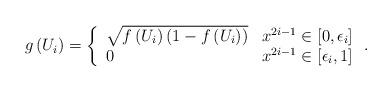
LaTeX: \begin{align*}g\left( U_{i}\right) =\left\{ \begin{array}{ll}\sqrt{f\left( U_{i}\right) \left( 1-f\left( U_{i}\right) \right) } & x^{2i-1}\in \left[ 0,\epsilon _{i}\right] \\ 0 & x^{2i-1}\in \left[ \epsilon _{i},1\right] \end{array}\right. .\end{align*}